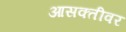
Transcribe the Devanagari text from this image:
आसक्तीवर